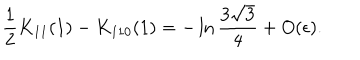
LaTeX: \frac { 1 } { 2 } K _ { 1 1 } ( 1 ) - K _ { 1 1 0 } ( 1 ) = - \ln \frac { 3 \sqrt { 3 } } { 4 } + O ( \epsilon ) .